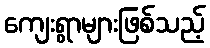
ကျေးရွာများဖြစ်သည့်